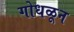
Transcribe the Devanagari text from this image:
गोधळून